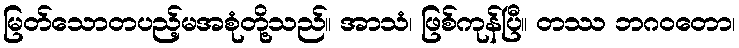
မြတ်သောတပည့်မအစုံတို့သည်။ အာသံ၊ ဖြစ်ကုန်ပြီ။ တဿ ဘဂဝတော၊